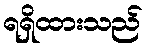
ရရှိထားသည်